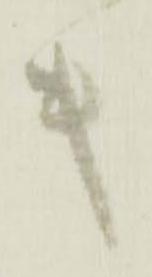
キ